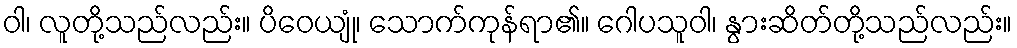
ဝါ၊ လူတို့သည်လည်း။ ပိဝေယျုံ၊ သောက်ကုန်ရာ၏။ ဂေါပသူဝါ၊ နွားဆိတ်တို့သည်လည်း။